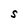
Character: S